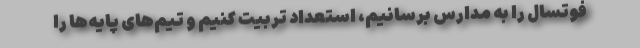
فوتسال را به مدارس برسانیم، استعداد تربیت کنیم و تیم‌های پایه‌ها را